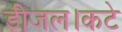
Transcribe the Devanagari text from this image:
डीजल।कटे